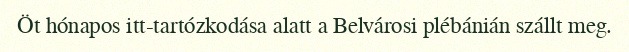
Öt hónapos itt-tartózkodása alatt a Belvárosi plébánián szállt meg.